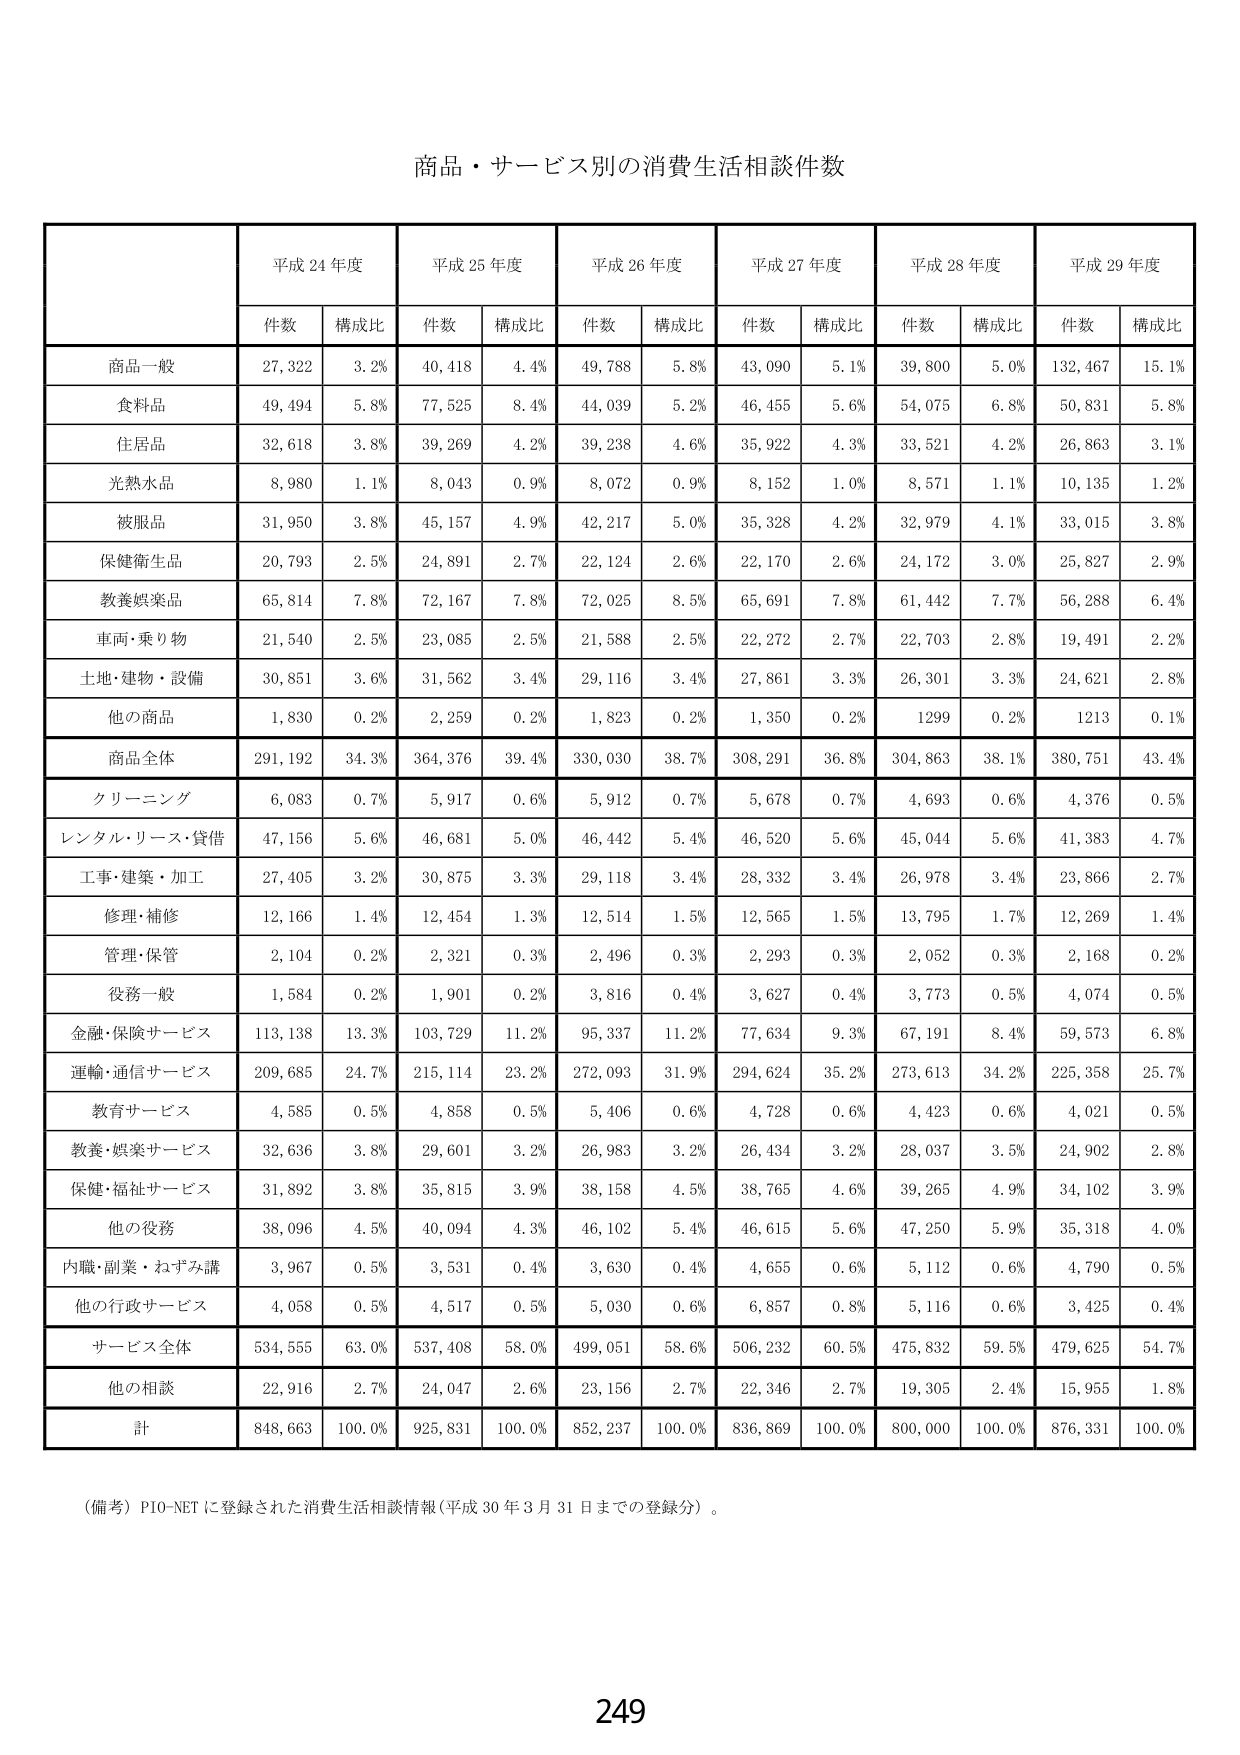
商品・サービス別の消費生活相談件数

平成24年度 平成25年度 平成26年度 平成27年度 平成28年度 平成29年度
件数 構成比 件数 構成比 件数 構成比 件数 構成比 件数 構成比 件数 構成比
商品一般 27,322 3.2% 40,418 4.4% 49,788 5.8% 43,090 5.1% 39,800 5.0% 132,467 15.1%
食料品 49,494 5.8% 77,525 8.4% 44,039 5.2% 46,455 5.6% 54,075 6.8% 50,831 5.8%
住居品 32,618 3.8% 39,269 4.2% 39,238 4.6% 35,922 4.3% 33,521 4.2% 26,863 3.1%
光熱水品 8,980 1.1% 8,043 0.9% 8,072 0.9% 8,152 1.0% 8,571 1.1% 10,135 1.2%
被服品 31,950 3.8% 45,157 4.9% 42,217 5.0% 35,328 4.2% 32,979 4.1% 33,015 3.8%
保健衛生品 20,793 2.5% 24,891 2.7% 22,124 2.6% 22,170 2.6% 24,172 3.0% 25,827 2.9%
教養娯楽品 65,814 7.8% 72,167 7.8% 72,025 8.5% 65,691 7.8% 61,442 7.7% 56,288 6.4%
車両・乗り物 21,540 2.5% 23,085 2.5% 21,588 2.5% 22,272 2.7% 22,703 2.8% 19,491 2.2%
土地・建物・設備 30,851 3.6% 31,562 3.4% 29,116 3.4% 27,861 3.3% 26,301 3.3% 24,621 2.8%
他の商品 1,830 0.2% 2,259 0.2% 1,823 0.2% 1,350 0.2% 1299 0.2% 1213 0.1%
商品全体 291,192 34.3% 364,376 39.4% 330,030 38.7% 308,291 36.8% 304,863 38.1% 380,751 43.4%
クリーニング 6,083 0.7% 5,917 0.6% 5,912 0.7% 5,678 0.7% 4,693 0.6% 4,376 0.5%
レンタル・リース・貸借 47,156 5.6% 46,681 5.0% 46,442 5.4% 46,520 5.6% 45,044 5.6% 41,383 4.7%
工事・建築・加工 27,405 3.2% 30,875 3.3% 29,118 3.4% 28,332 3.4% 26,978 3.4% 23,866 2.7%
修理・補修 12,166 1.4% 12,454 1.3% 12,514 1.5% 12,565 1.5% 13,795 1.7% 12,269 1.4%
管理・保管 2,104 0.2% 2,321 0.3% 2,496 0.3% 2,293 0.3% 2,052 0.3% 2,168 0.2%
役務一般 1,584 0.2% 1,901 0.2% 3,816 0.4% 3,627 0.4% 3,773 0.5% 4,074 0.5%
金融・保険サービス 113,138 13.3% 103,729 11.2% 95,337 11.2% 77,634 9.3% 67,191 8.4% 59,573 6.8%
運輸・通信サービス 209,685 24.7% 215,114 23.2% 272,093 31.9% 294,624 35.2% 273,613 34.2% 225,358 25.7%
教育サービス 4,585 0.5% 4,858 0.5% 5,406 0.6% 4,728 0.6% 4,423 0.6% 4,021 0.5%
教養・娯楽サービス 32,636 3.8% 29,601 3.2% 26,983 3.2% 26,434 3.2% 28,037 3.5% 24,902 2.8%
保健・福祉サービス 31,892 3.8% 35,815 3.9% 38,158 4.5% 38,765 4.6% 39,265 4.9% 34,102 3.9%
他の役務 38,096 4.5% 40,094 4.3% 46,102 5.4% 46,615 5.6% 47,250 5.9% 35,318 4.0%
内職・副業・ねずみ講 3,967 0.5% 3,531 0.4% 3,630 0.4% 4,655 0.6% 5,112 0.6% 4,790 0.5%
他の行政サービス 4,058 0.5% 4,517 0.5% 5,030 0.6% 6,857 0.8% 5,116 0.6% 3,425 0.4%
サービス全体 534,555 63.0% 537,408 58.0% 499,051 58.6% 506,232 60.5% 475,832 59.5% 479,625 54.7%
他の相談 22,916 2.7% 24,047 2.6% 23,156 2.7% 22,346 2.7% 19,305 2.4% 15,955 1.8%
計 848,663 100.0% 925,831 100.0% 852,237 100.0% 836,869 100.0% 800,000 100.0% 876,331 100.0%

（備考）PIO-NETに登録された消費生活相談情報（平成30年3月31日までの登録分）。

249